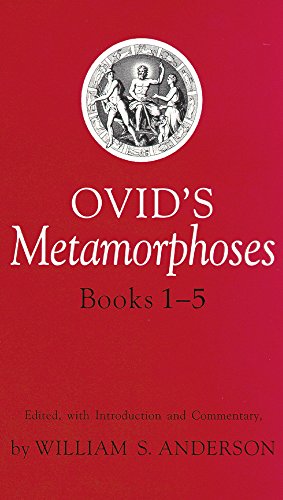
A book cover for Ovid's Metamorphoses Books 1-5 (Bks 1-5); Ovid; Literature & Fiction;